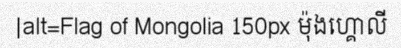
|alt=Flag of Mongolia 150px ម៉ុងហ្គោលី